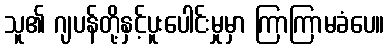
သူ၏ ဂျပန်တို့နှင့်ပူးပေါင်းမှုမှာ ကြာကြာမခံပေ။